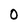
Character: 0